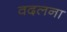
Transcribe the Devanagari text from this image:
वदलना